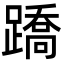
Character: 蹻